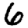
Digit: 6